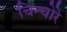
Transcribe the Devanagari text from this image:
चिन्चोरे